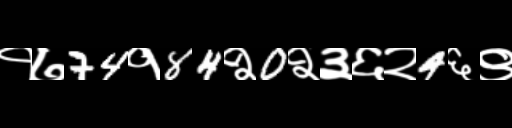
Text: १७74१84२0२३६२4६९